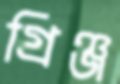
গ্রিঞ্জ